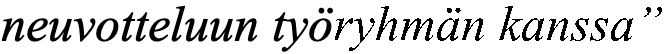
neuvotteluun työryhmän kanssa”